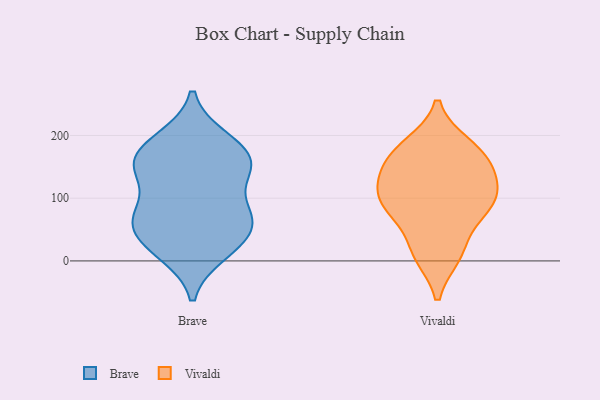
{"axis": {"x": "Production Output", "y": "Value"}, "legend": ["Brave", "Vivaldi"], "data": [{"x": "", "y": 137, "type": "Brave"}, {"x": "", "y": 154, "type": "Brave"}, {"x": "", "y": 15, "type": "Brave"}, {"x": "", "y": 195, "type": "Brave"}, {"x": "", "y": 60, "type": "Brave"}, {"x": "", "y": 47, "type": "Brave"}, {"x": "", "y": 30, "type": "Brave"}, {"x": "", "y": 194, "type": "Brave"}, {"x": "", "y": 171, "type": "Brave"}, {"x": "", "y": 85, "type": "Brave"}, {"x": "", "y": 12, "type": "Brave"}, {"x": "", "y": 146, "type": "Brave"}, {"x": "", "y": 157, "type": "Brave"}, {"x": "", "y": 77, "type": "Brave"}, {"x": "", "y": 72, "type": "Brave"}, {"x": "", "y": 154, "type": "Brave"}, {"x": "", "y": 65, "type": "Brave"}, {"x": "", "y": 160, "type": "Vivaldi"}, {"x": "", "y": 141, "type": "Vivaldi"}, {"x": "", "y": 175, "type": "Vivaldi"}, {"x": "", "y": 79, "type": "Vivaldi"}, {"x": "", "y": 105, "type": "Vivaldi"}, {"x": "", "y": 10, "type": "Vivaldi"}, {"x": "", "y": 127, "type": "Vivaldi"}, {"x": "", "y": 184, "type": "Vivaldi"}, {"x": "", "y": 90, "type": "Vivaldi"}, {"x": "", "y": 17, "type": "Vivaldi"}, {"x": "", "y": 88, "type": "Vivaldi"}]}